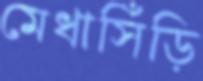
মেধাসিঁড়ি